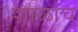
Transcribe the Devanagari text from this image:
शाळाच